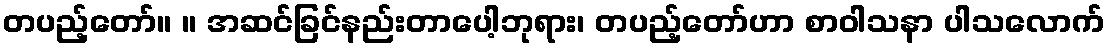
တပည့်တော်။ ။ အဆင်ခြင်နည်းတာပေါ့ဘုရား၊ တပည့်တော်ဟာ စာဝါသနာ ပါသလောက်